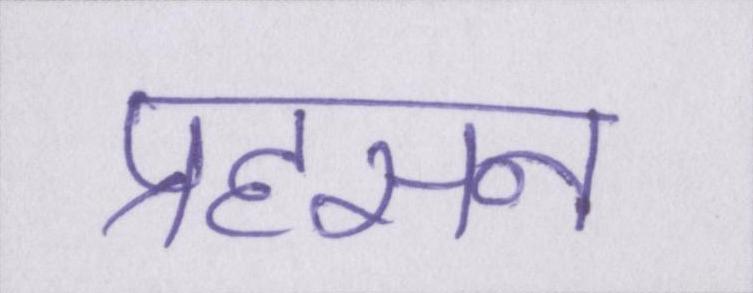
प्रहसन